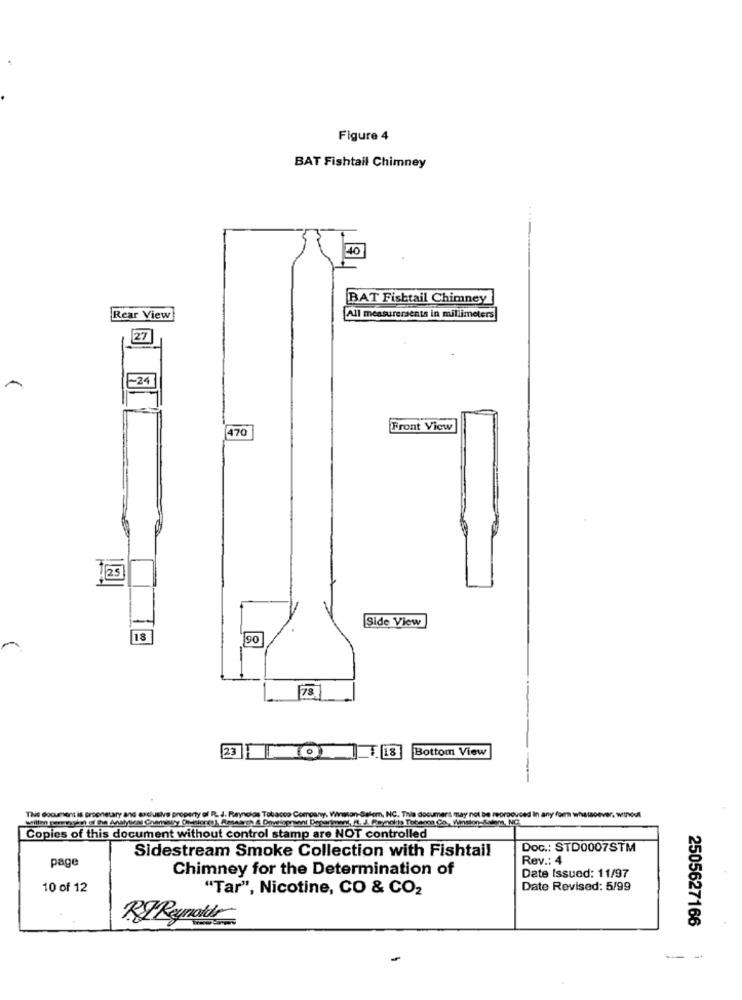
Figure 4
BAT Fishtail Chimney
40
BAT Fishtail Chimney
Rear View
All measurements in millimeters
27
-24
470
Front View
Side View
18
190
Bottom View
T. 18
willen For thy' The Analytical Chansary Oluniondas Research & Development Department, S. J. Reynolds Tobemo, Co. Winston-Salem, NC.
conetary and exclusive property of R. J. Reynolds Tobacco Company. Wiwian-Salem, NC. This document may not be meor
e reproduced In any form whatsoever. without
Copies of this document without control stamp are NOT controlled
Sidestream Smoke Collection with Fishtail
Doc .: STD0007STM
Rev .: 4
page
Chimney for the Determination of
Date Issued: 11/97
10 of 12
"Tar", Nicotine, CO & CO2
Date Revised: 5/99
RTReynolds
2505627166
-